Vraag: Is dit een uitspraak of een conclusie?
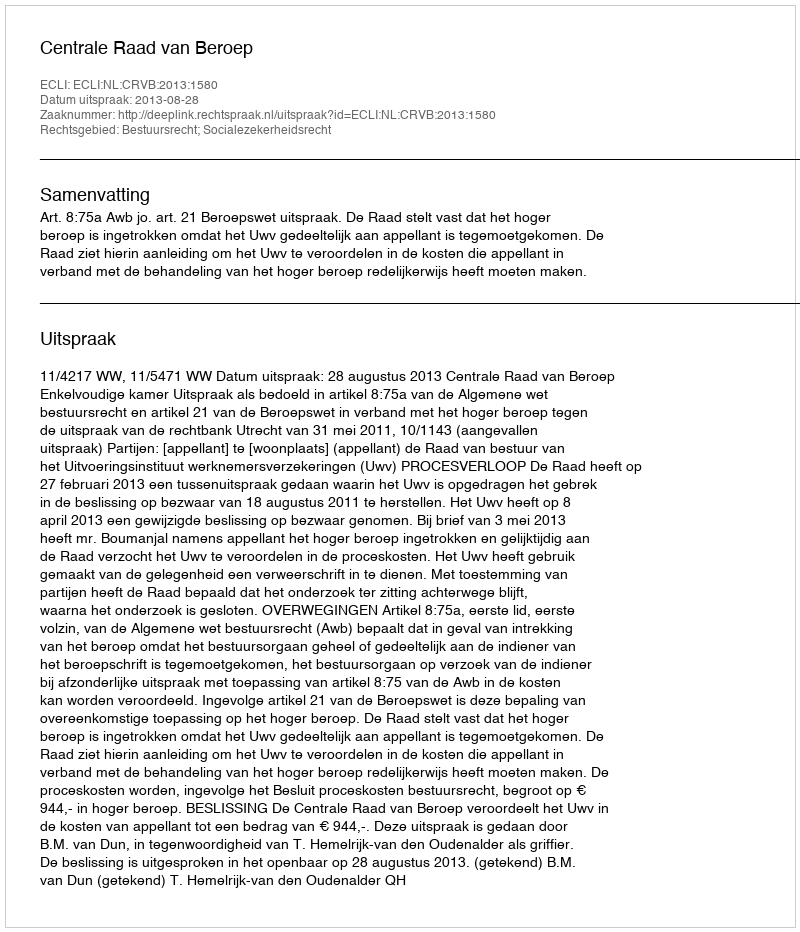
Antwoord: Uitspraak